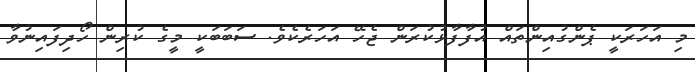
މި އަހަރަކީ ޕެންގުއިންތައް އުފާފާޅުކުރަން ޖެހޭ އަހަރެކެވެ. ސަބަބަކީ މީގެ ކުރިން ހޯދިފައިނުވާ